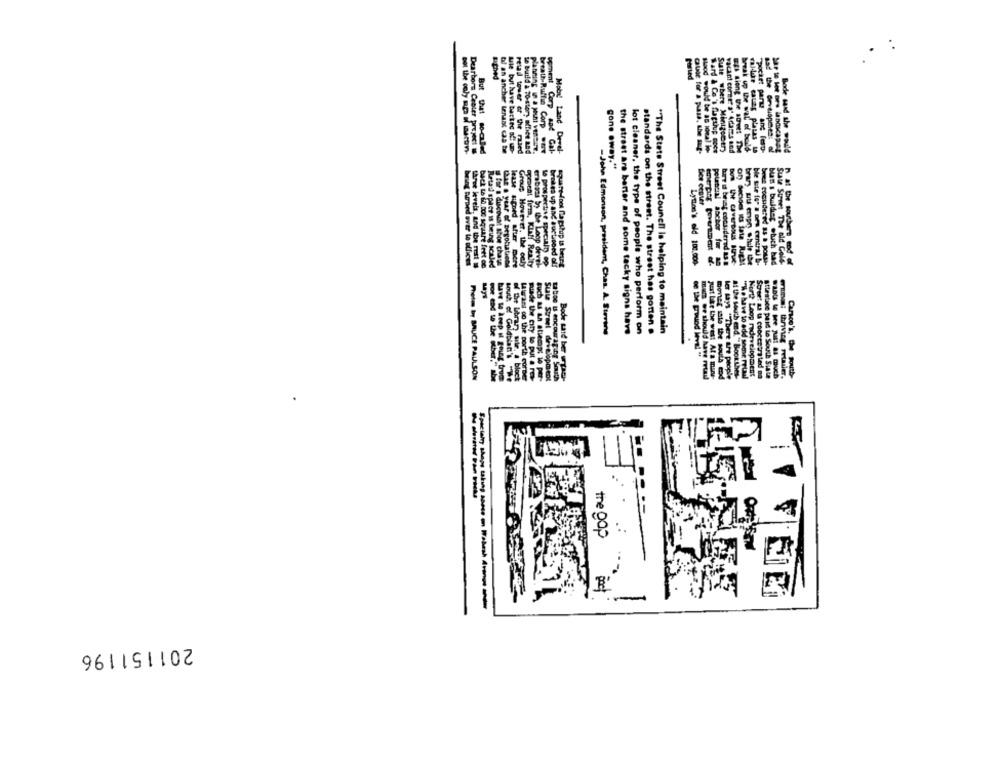
Lighed
Somet Corp
k up the wal of bold
Dearborn Center project u
But What paled
bl an ancher tenant cha te
wie but juve backed of! un-
retail tower of the ruled
Le build a to-story Ofice and
planning na punt venter.
treath-Ruthie Corp Out
Moby Land Devel-
for a pias, the auf.
would be as iova? io-
& Co 's flapulup Goes
where Mintgscer
siong the souet The
de cauzy plates w
cast par and lep-
Bode said she would
gone away."
potencial anchor for
erabons 5; the Loop deve
brug Burped over to offices
Arne levels, and the rett
back to do. Doc square feet ce
Ratad space is being scaled
for & discount shoe chase
that a year of Degotitiens
lease signed after more
Group However, the cely
proest form, KIAN Realty
to prospective specialny op
brakes up and auctioned off
square-foot flapstup ts brung
Lytton's old 100.000-
ber d brat considered &SB
bom the Cavernous sure
Of Secides its late Right
bran uts enpr shur the
ban's bulder .tuch had
Sul Street The nid Cole
n at the southen mod df
says
the street are better and some tacky signs have
"The State Street Council is helping to maintain
-John Edmonson, president, Chas. A. Stevene
lot cleaner, the type of people who perform on
standards on the street. The street has gotten .
atiemp;
nel deve
tid ber
de the ground level"
pest like the west At a man
ler says "There are people
11 the south end." Book Les-
North Loop mdevelopment
Stlesbice paid Le South State
1 Me just as much
mina: thriving retailer.
Pretes by BRUCE PAULSON
have to keep il going trom
Louth of Goldblan's -We
wir. . block
Wurasi oo the porth eurper
mas or should have Fetas
monet sais the souls end
: As is concentrated no
the gap
201151196